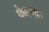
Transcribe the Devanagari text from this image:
फैलणार